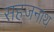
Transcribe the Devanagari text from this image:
सहजनाथ